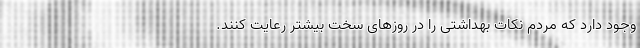
وجود دارد که مردم نکات بهداشتی را در روز‌های سخت بیشتر رعایت کنند.